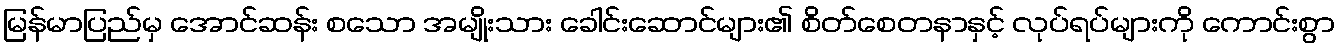
မြန်မာပြည်မှ အောင်ဆန်း စသော အမျိုးသား ခေါင်းဆောင်များ၏ စိတ်စေတနာနှင့် လုပ်ရပ်များကို ကောင်းစွာ